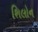
શિલોન